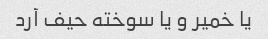
یا خمیر و یا سوخته حیف آرد